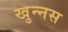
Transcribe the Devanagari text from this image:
खुन्नस